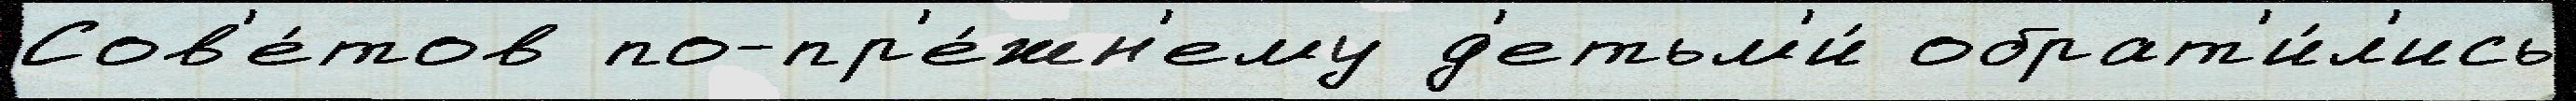
Сов'е́тов по-пр'е́жн'ему д'етьм'и́ обрат'и́л'ись